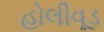
હોલીવૂડ